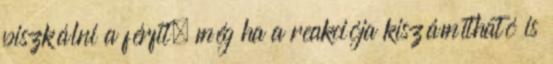
piszkálni a férfit, még ha a reakciója kiszámítható is